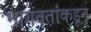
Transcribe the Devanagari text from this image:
भागवतांकडून